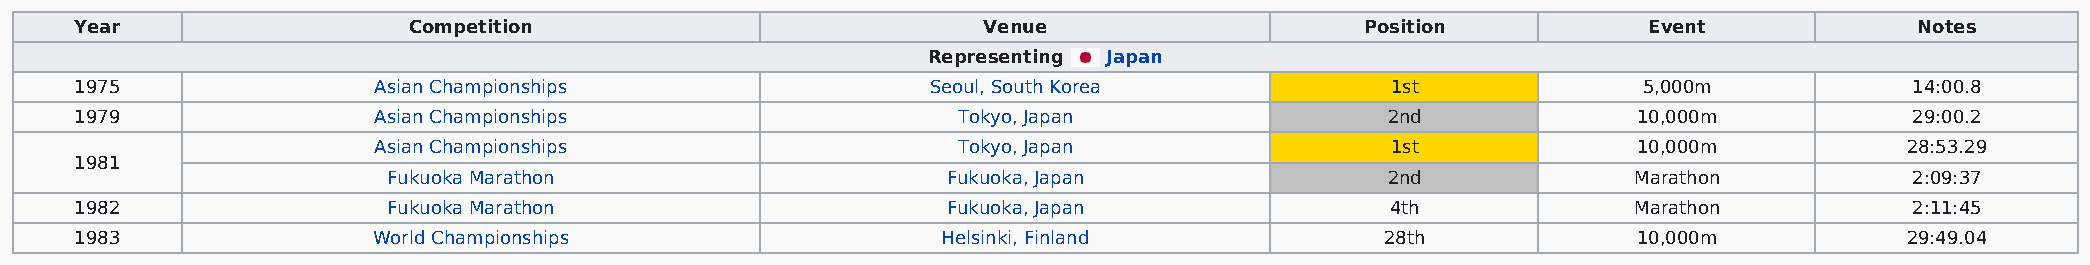
Year                  Competition                           Venue                    Position           Event             Notes
 Representing Japan
 1975                Asian Championships                  Seoul, South Korea            1st              5,000m            14:00.8
 1979                Asian Championships                   Tokyo, Japan                 2nd             10,000m            29:00.2
 Asian Championships                   Tokyo, Japan                 1st             10,000m           28:53.29
 1981
 Fukuoka Marathon                     Fukuoka, Japan               2nd             Marathon           2:09:37
 1982                 Fukuoka Marathon                     Fukuoka, Japan               4th             Marathon           2:11:45
 1983                World Championships                  Helsinki, Finland             28th            10,000m           29:49.04